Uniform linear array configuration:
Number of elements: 64
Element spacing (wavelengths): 0.75
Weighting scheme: kaiser
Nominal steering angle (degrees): -15
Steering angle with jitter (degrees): -14.532
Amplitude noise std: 0.05
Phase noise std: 0.05

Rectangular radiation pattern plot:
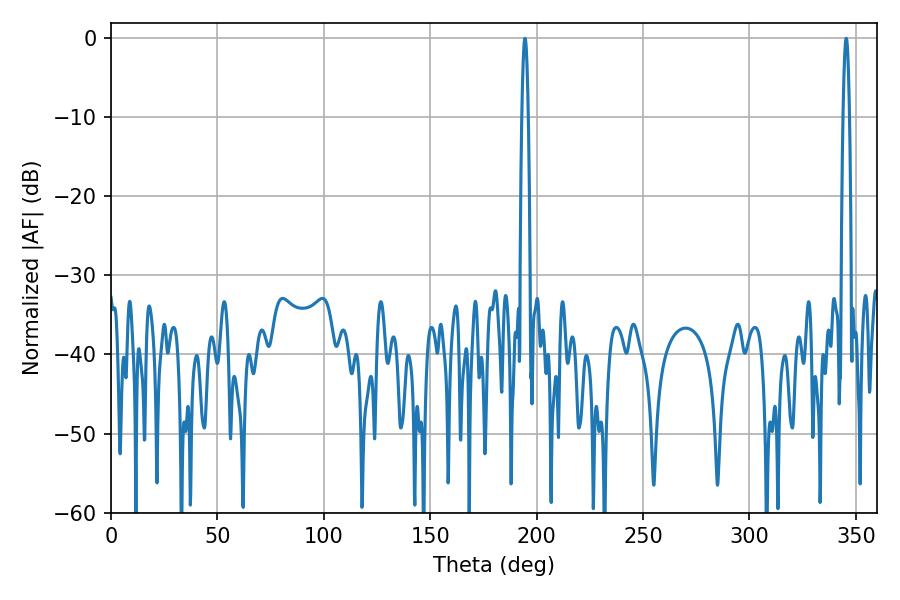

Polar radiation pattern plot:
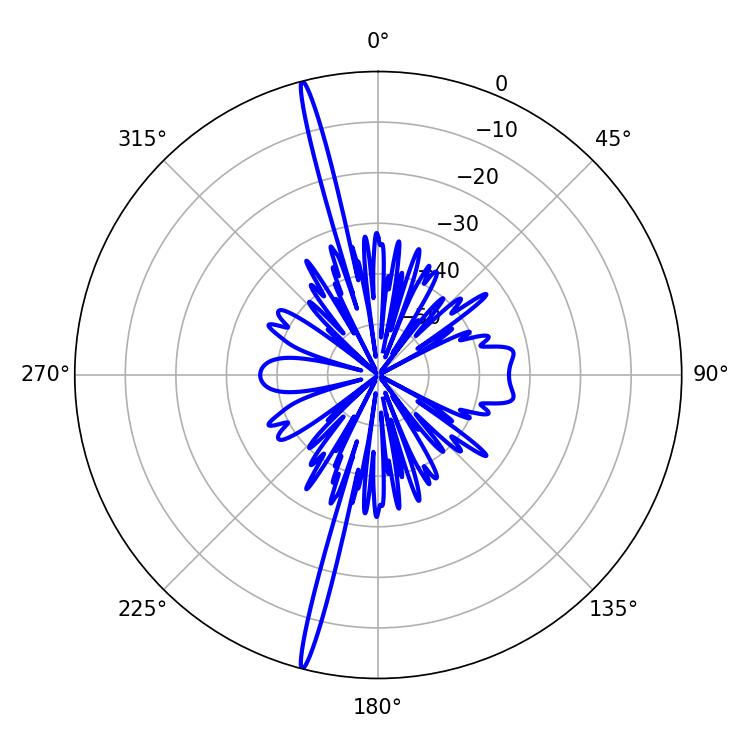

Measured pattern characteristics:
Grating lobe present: TRUE
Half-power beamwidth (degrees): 1.62
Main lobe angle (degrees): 345.42